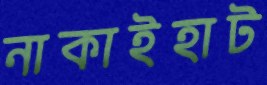
নাকাইহাট